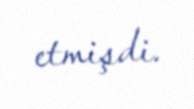
etmişdi.